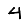
Digit: 4